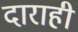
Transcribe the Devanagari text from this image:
दाराही